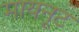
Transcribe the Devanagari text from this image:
मायनूट